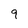
Character: 9